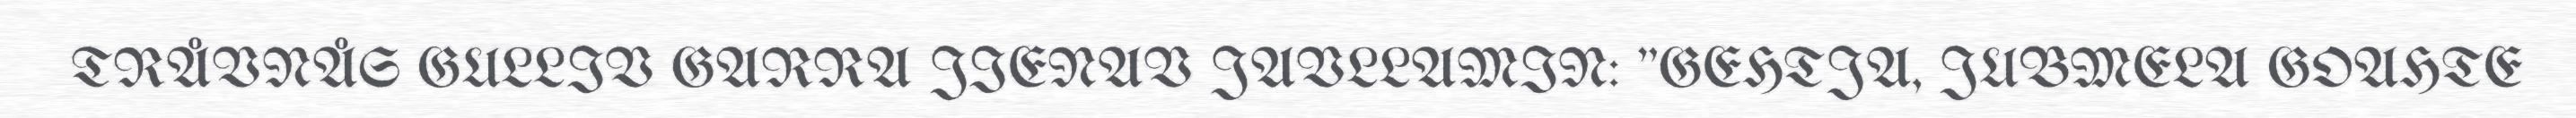
TRÅVNÅS GULLIV GARRA JIENAV JAVLLAMIN: "GEHTJA, JUBMELA GOAHTE